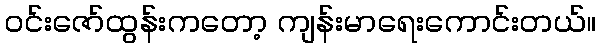
ဝင်းဇော်ထွန်းကတော့ ကျန်းမာရေးကောင်းတယ်။